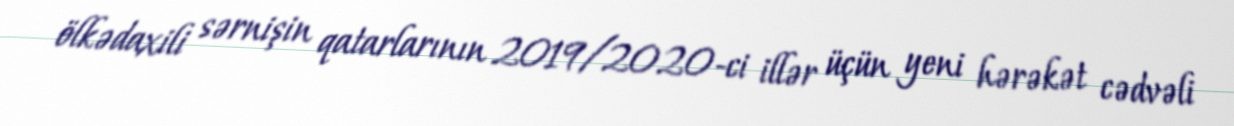
ölkədaxili sərnişin qatarlarının 2019/2020-ci illər üçün yeni hərəkət cədvəli